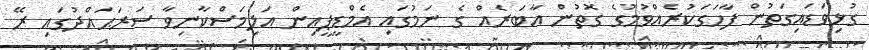
ގުޅިވަޑައިގަތުން ފާހަގަކުރެއްވުމުގެ ގޮތުން އާބަރެއް ގެ ނަމުގައި އެމްޑީޕީއިން އަލިމަސްކާނިވާ ސަރަޙައްދުގައި ރޭ